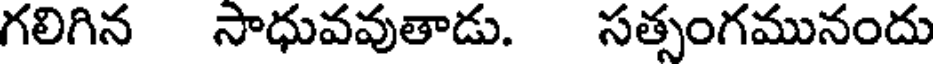
గలిగిన సాధువవుతాడు. సత్సంగమునందు